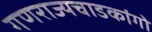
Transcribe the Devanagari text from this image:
गणराज्यचाडकांगो